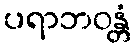
ပရာဘဝန္တံ